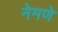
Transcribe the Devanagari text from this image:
नेमणे